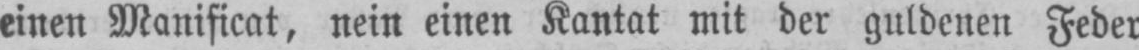
einen Manificat, nein einen Kantat mit der guldenen Feder